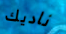
ناديك